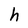
Character: h